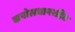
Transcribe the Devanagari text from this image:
कपोलधानरहित